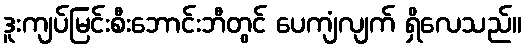
ဒူးကျပ်မြင်းစီးဘောင်းဘီတွင် ပေကျံလျက် ရှိလေသည်။